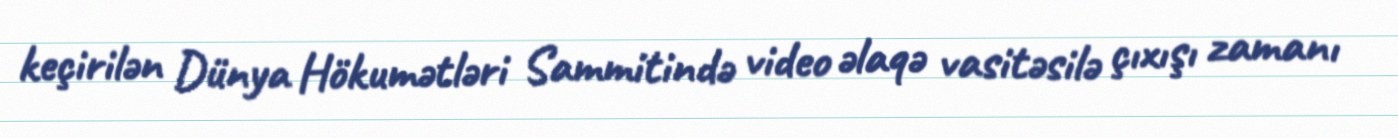
keçirilən Dünya Hökumətləri Sammitində video əlaqə vasitəsilə çıxışı zamanı